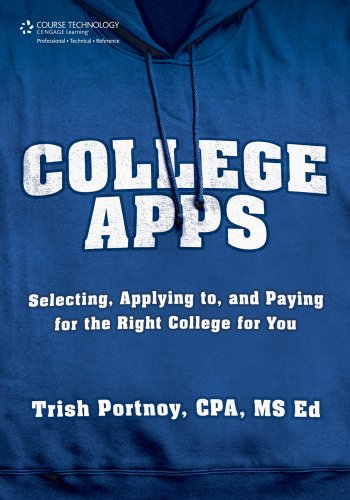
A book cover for College Apps: Selecting, Applying to, and Paying for the Right College for You; Trish Portnoy; Business & Money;